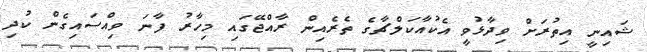
ޝައިނީ އިތުރަށް ވިދާޅުވީ އެކުއާކަލްޗާގެ ތެރެއިން ރާއްޖޭގައި މިހާރު ފާނަ ވިއްސައިގެން ކުދި